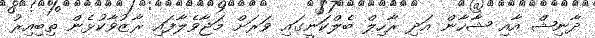
ދާނިޝް އާއި ޝާހާން އަދި ރާހިލް ބެލްކަނީގައި ވަރަށް މަޖާވެލާފައި ރާޒުވާކުޅެން ތިބިއިރު